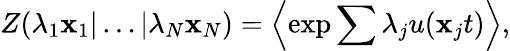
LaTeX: Z(\lambda_{1}\mathbf{x}_{1}|\ldots|\lambda_{N}\mathbf{x}_{N})=\left\langle\exp{\sum{\lambda_{j}u(\mathbf{x}_{j}t)}}\right\rangle,